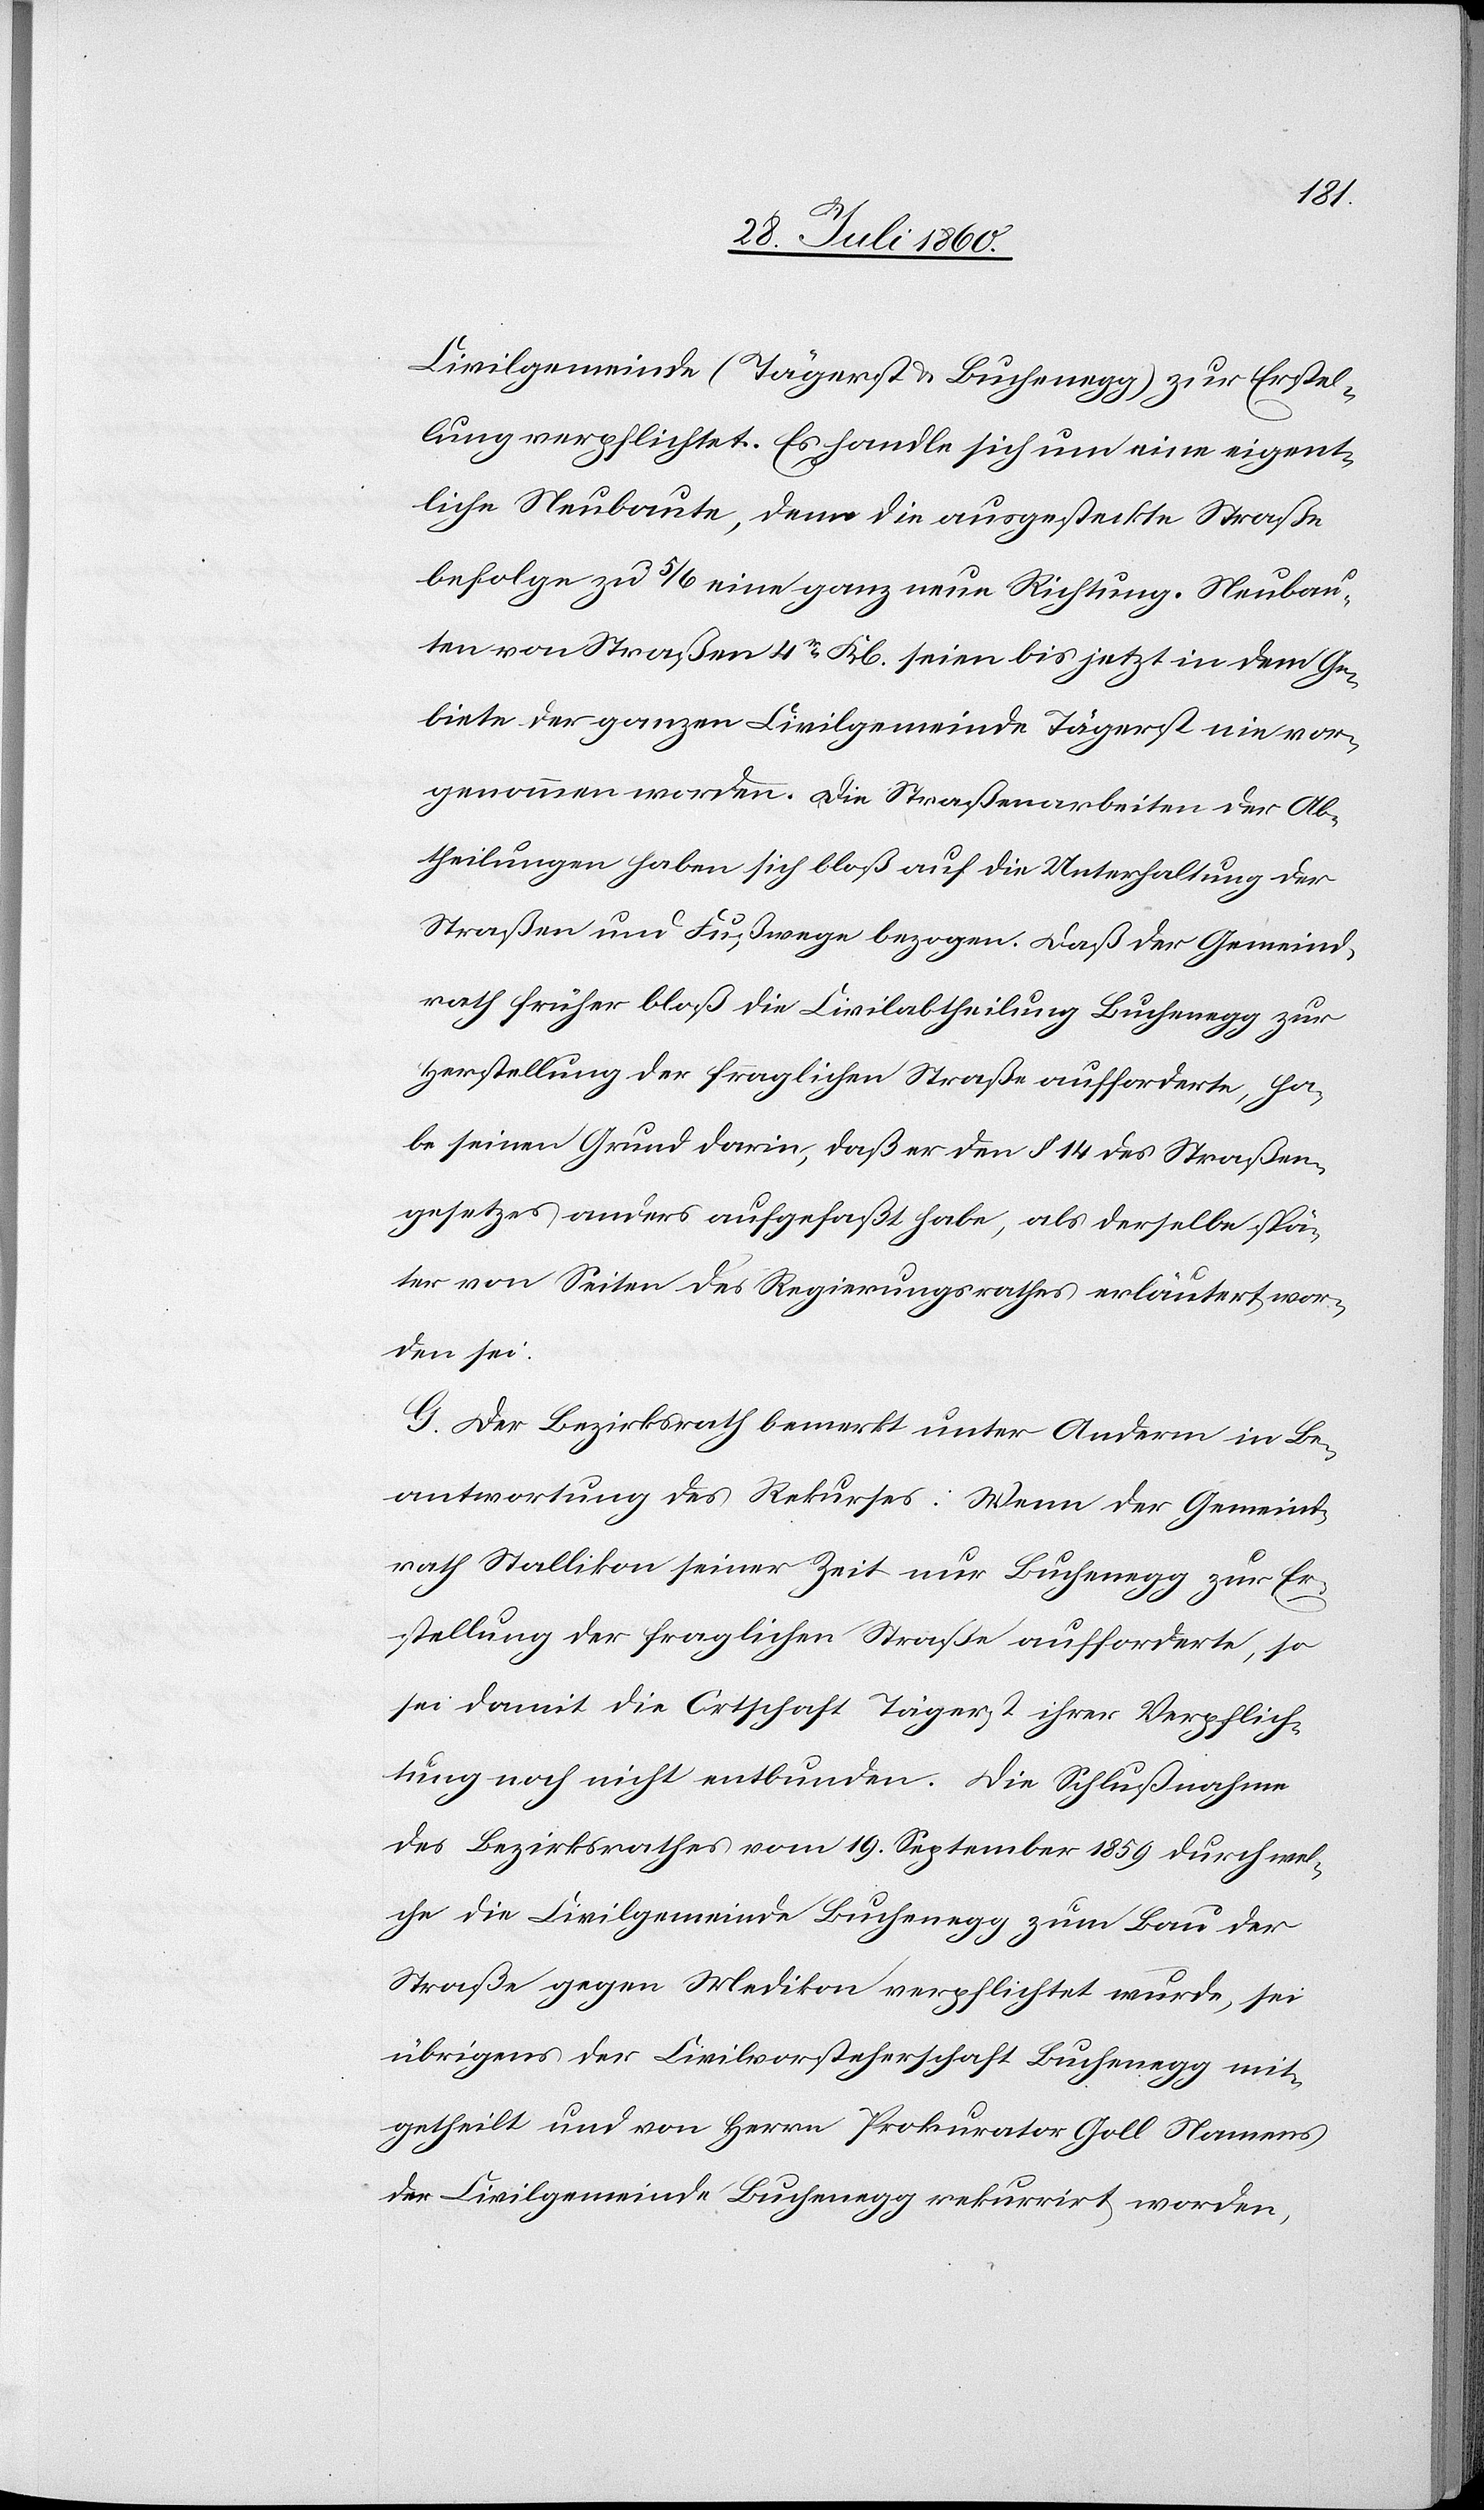
Erstel¬
lung verpflichtet. Es handle sich um eine eigent¬
liche Neubaute, denn die ausgesteckte Straße
befolge zu 5/6 eine ganz neue Richtung. Neubau¬
ten von Straßen 4tr Klasse seien bis jetzt in dem Ge¬
biete der ganzen Civilgemeinde Tägerst nie vor¬
genommen worden; die Strassenarbeiten der Ab¬
theilungen haben sich blos auf die Unterhaltung der
Strassen u. Fusswege bezogen. Dass der Gemeind¬
rath früher blos die Civilabtheilung Buchenegg zur
Herstellung der fraglichen Strasse aufforderte, ha¬
be seinen Grund darin, dass er den §. 14. des Strassen¬
gesetzes anders ausgefasst habe, als derselbe spä¬
ter von Seiten des Regierungsrathes erläutert wor¬
den sei.
G. Der Bezirksrath bemerkt unter Anderm in Be¬
antwortung des Rekurses: Wenn der Gemeind¬
rath Stallikon seiner Zeit nur Buchenegg zur Er¬
stellung der fraglichen Strasse aufforderte, so
sei damit die Ortschaft Tägerst ihrer Verpflich¬
tung noch nicht entbunden. Die Schlussnahme
des Bezirksrathes vom 19. September 1859, durch wel¬
che die Civilgemeinde Buchenegg zum Bau der
Strasse gegen Medikon verpflichtet wurde, sei
übrigens der Civilvorsteherschaft Buchenegg mit¬
getheilt und von Hrn. Prokurator Goll Namens
der Civilgemeinde Buchenegg rekurrirt worden;